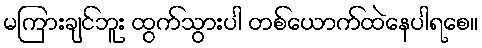
မကြားချင်ဘူး ထွက်သွားပါ တစ်ယောက်ထဲနေပါရစေ။